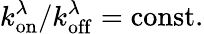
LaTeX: k_{\mathrm{on}}^{\lambda}/k_{\mathrm{off}}^{\lambda}=\mathrm{const.}